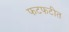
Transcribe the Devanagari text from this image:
फटफटीत